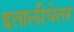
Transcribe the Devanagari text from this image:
इतालीयेतर